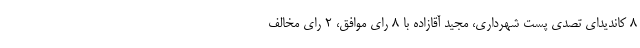
۸ کاندیدای تصدی پست شهرداری، مجید آقازاده با ۸ رای موافق، ۲ رای مخالف